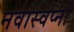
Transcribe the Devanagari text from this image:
नवास्वप्नो